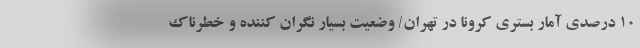
10 درصدی آمار بستری کرونا در تهران/ وضعیت بسیار نگران کننده و خطرناک